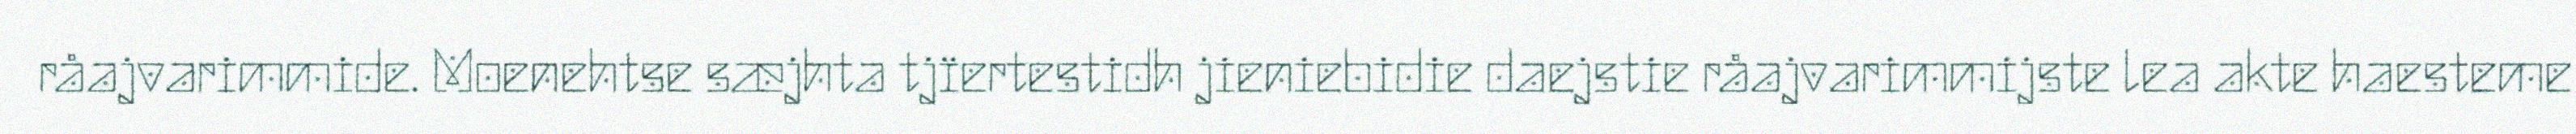
råajvarimmide. Moenehtse sæjhta tjïertestidh jieniebidie daejstie råajvarimmijste lea akte haesteme